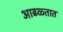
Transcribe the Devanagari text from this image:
आढळ्तात